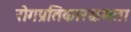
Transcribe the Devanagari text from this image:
रोगप्रतिकारक्षमता